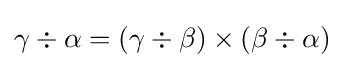
\gamma \div \alpha =(\gamma \div \beta )\times (\beta \div \alpha )